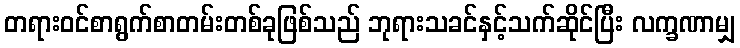
တရားဝင်စာရွက်စာတမ်းတစ်ခုဖြစ်သည် ဘုရားသခင်နှင့်သက်ဆိုင်ပြီး လက္ခဏာမျှ